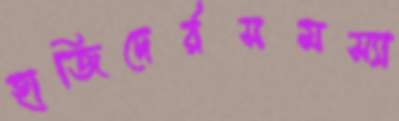
হাজিদের্রসমস্যা